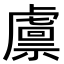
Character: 𧇴